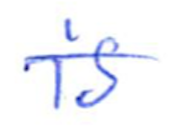
Text: is
Cross-out: single-line
Writing tool: ballpoint